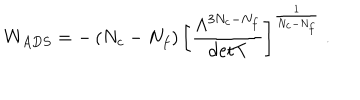
LaTeX: W _ { A D S } = - \left( N _ { c } - N _ { f } \right) \left[ \frac { \Lambda ^ { 3 N _ { c } - N _ { f } } } { \mathrm { d e t } T } \right] ^ { \frac { 1 } { N _ { c } - N _ { f } } } \ .